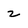
Character: 2